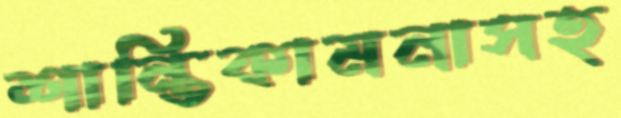
শান্তিকামনাসহ